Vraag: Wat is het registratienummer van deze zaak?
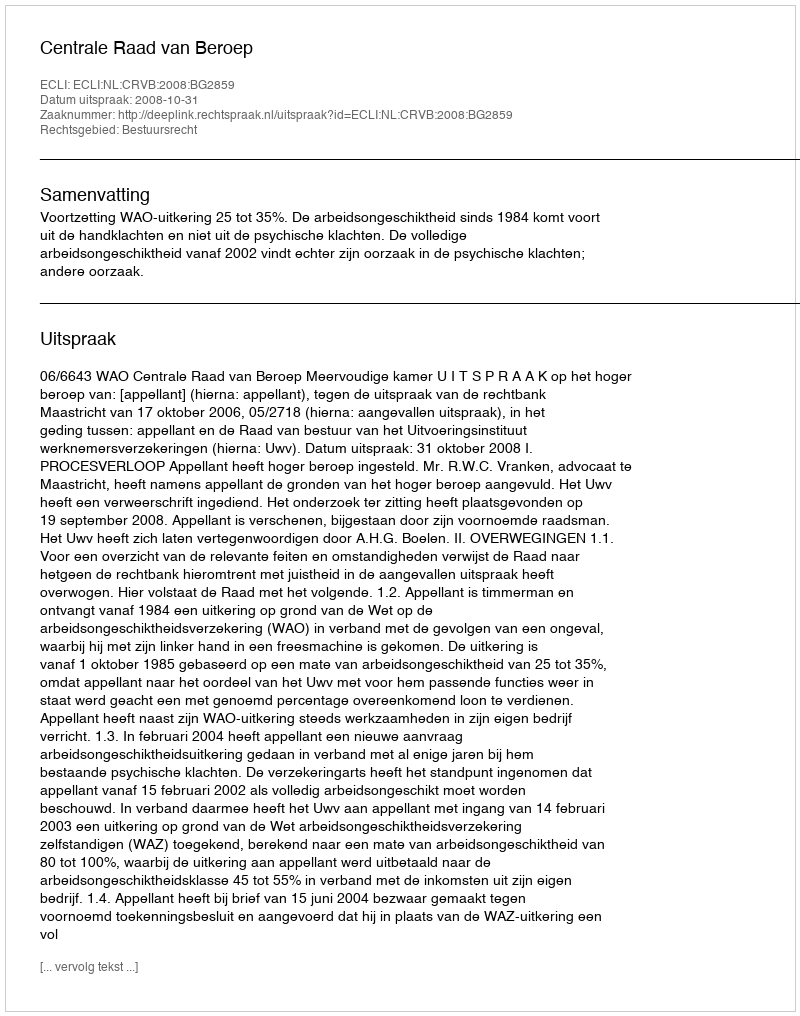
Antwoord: http://deeplink.rechtspraak.nl/uitspraak?id=ECLI:NL:CRVB:2008:BG2859